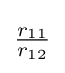
{\textstyle {\frac {r_{11}}{r_{12}}}}